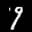
Label: 9